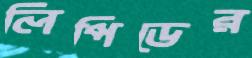
লিপিডের